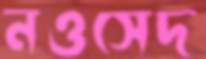
নওসেদ